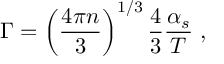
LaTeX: \Gamma = \left( \frac { 4 \pi n } { 3 } \right) ^ { 1 / 3 } \frac { 4 } { 3 } \frac { \alpha _ { s } } { T } \; ,